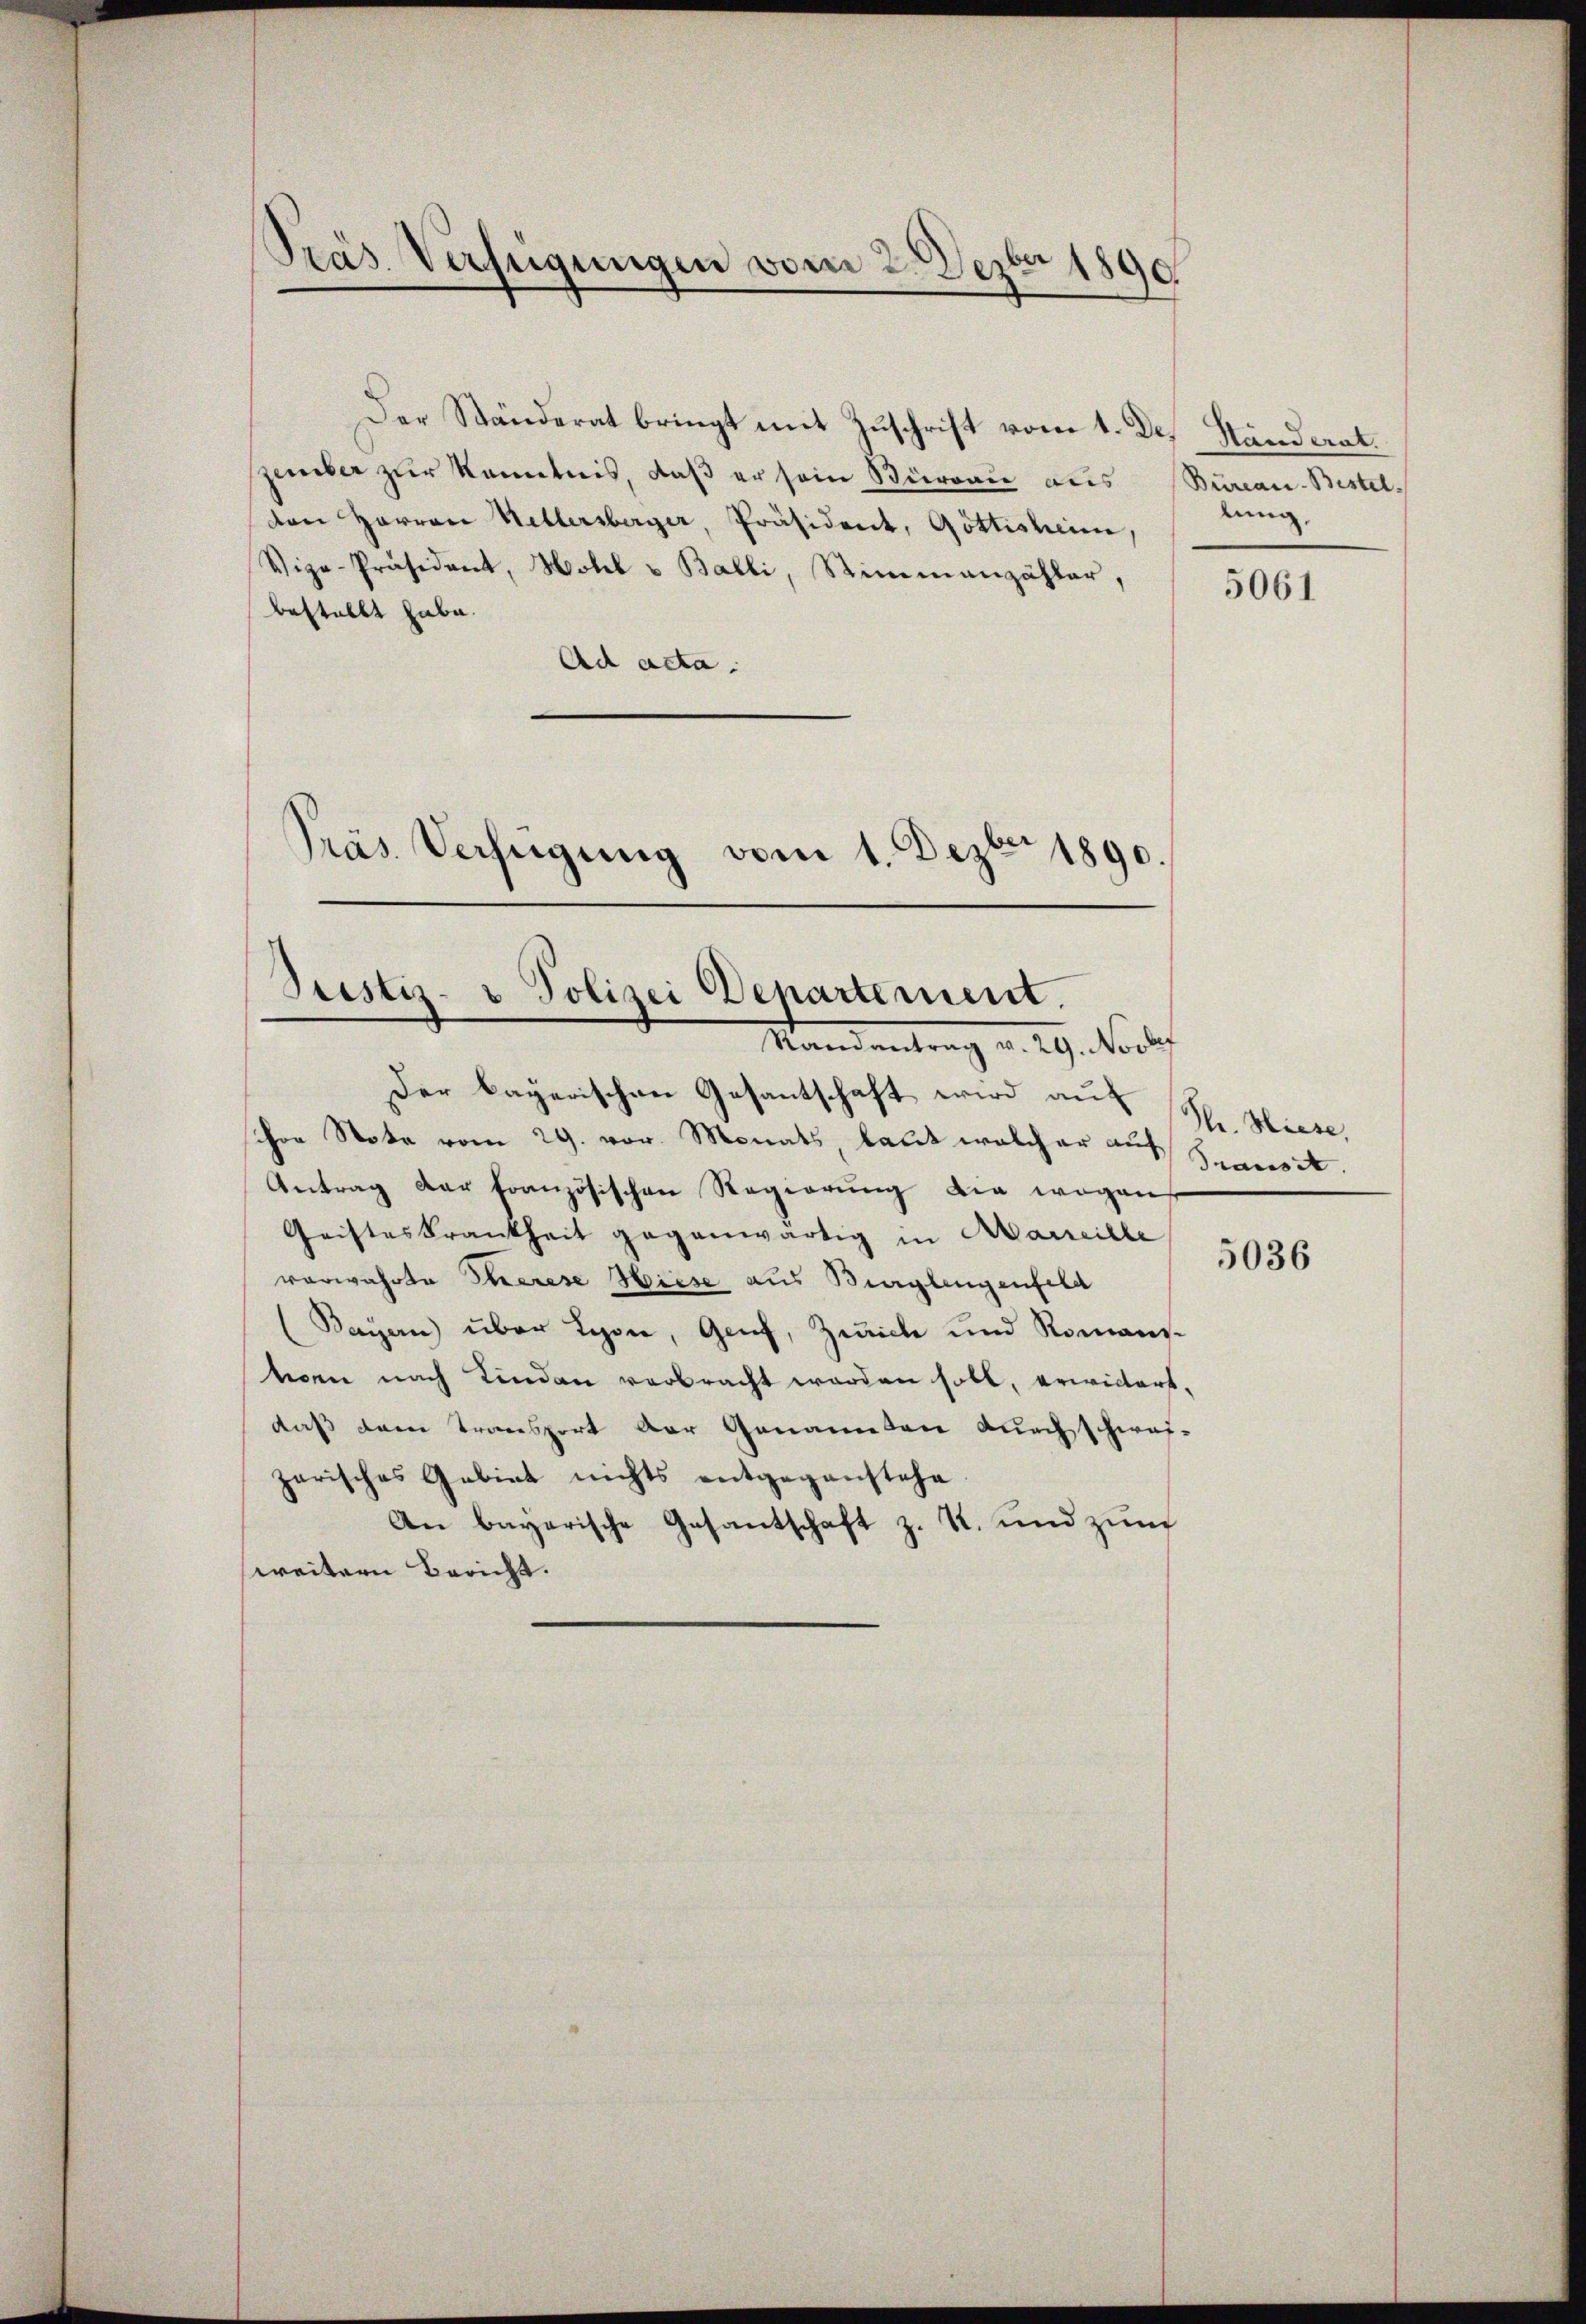
Pras Verfügungen vom 2. Dezbr 1890

Der Ständerat bringt mit Zuschrift vom 1. Dez. Standerat.
zember zur Kenntnis, daß er sein Büreau aus
den Herren Hellersberger, Präsident, Göttisheim,
Vize-Präsident, Hotel u Balli, Stimmenzähler,
bestellt habe.
Ad acta.
.
Präs. Verfügung vom 1. Dezter 1890.
Justiz- & Polizei Departement.

Stand entrag v. 29. Vorles

Bureau-Bestel
lung,

Der bayerischen Gesantschaft wird auf
hor Note vom 29. vor. Monats, laut welcher auf
Antrag der französischen Regierung die wegen
Geisteskrankheit gegenwärtig in Aareille
vorwahrte Eherese Hiese aus Bürglengenfeld
Bayern) über Lyone, Genf, Zeiche und Romansvonn nach Kinden verbracht worden soll, erwickert.
daß dem Transport der Genannten durch schwei-
zarisches Gebiet nichts entgegenstehe.
An bayerische Gesantschaft z. R. und zum
weitern Bericht.

5061

Pr. Hiese,
Transit

5036